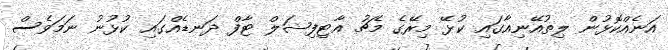
އަނެއްކޮޅުން ލިތުއޭނިއާގައި ކުޅޭ މިރޭގެ މެޗު އާޓިފިޝަލް ޓާފް ދަނޑެއްގައި ކުޅުނު ނަމަވެސް